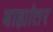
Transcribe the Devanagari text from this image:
बाह्यांतर